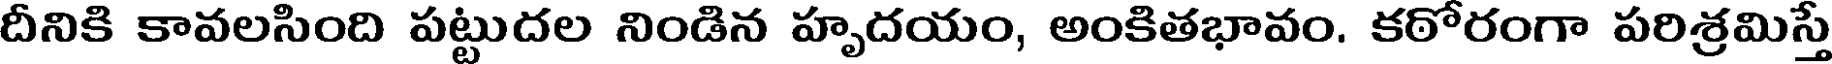
దీనికి కావలసింది పట్టుదల నిండిన హృదయం, అంకితభావం. కఠోరంగా పరిశ్రమిస్తే